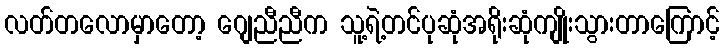
လတ်တလောမှာတော့ ဂျေညီညီက သူ့ရဲ့တင်ပုဆုံအရိုးဆုံကျိုးသွားတာကြောင့်